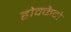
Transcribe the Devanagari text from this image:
होक्कैदो